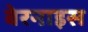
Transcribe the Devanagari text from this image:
बेरनाइस